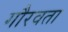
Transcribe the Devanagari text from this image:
गौरवता